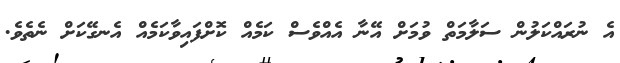
އެ ނުރައްކަލުން ސަލާމަތް ވުމަށް އޭނާ އެއްވެސް ކަމެއް ކޮށްފައިވާކަމެއް އެނގޭކަށް ނެތެވެ.